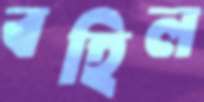
বহিল